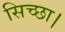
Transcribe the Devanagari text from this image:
सिच्‍छा।